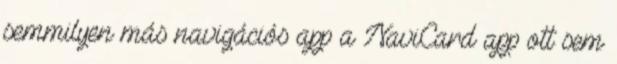
semmilyen más navigációs app a NaviCard app ott sem